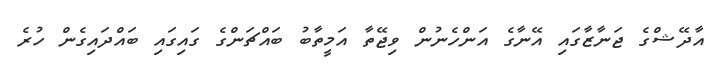
އާދޭޝްގެ ޖަނާޒާގައި އޭނާގެ އަންހެނުން ވިޖޭތާ އަމީތާބު ބައްޗަންގެ ގައިގައި ބައްދައިގެން ހުރެ